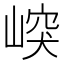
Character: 㟮